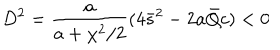
LaTeX: D ^ { 2 } = \frac { a } { a + \chi ^ { 2 } / 2 } ( 4 \bar { s } ^ { 2 } - 2 a \bar { Q } c ) < 0